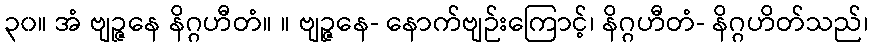
၃၀။ အံ ဗျဉ္ဇနေ နိဂ္ဂဟီတံ။ ။ ဗျဉ္ဇနေ- နောက်ဗျဉ်းကြောင့်၊ နိဂ္ဂဟီတံ- နိဂ္ဂဟိတ်သည်၊